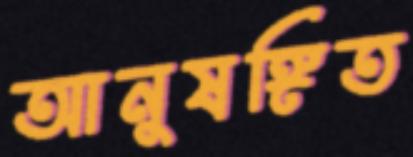
আনুষঙ্গিত